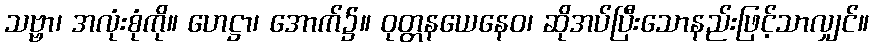
သဗ္ဗာ၊ အလုံးစုံကို။ ဟေဋ္ဌာ၊ အောက်၌။ ဝုတ္တနယေနေဝ၊ ဆိုအပ်ပြီးသောနည်းဖြင့်သာလျှင်။